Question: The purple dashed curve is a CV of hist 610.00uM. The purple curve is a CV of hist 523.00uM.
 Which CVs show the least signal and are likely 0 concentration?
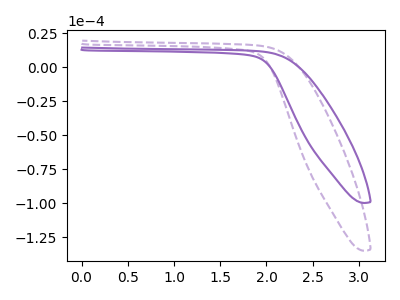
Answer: <think>The purple dashed curve "hist 610.00uM" has no peaks. The purple curve "hist 523.00uM" has no peaks.</think>
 <answer>"hist 610.00uM" and "hist 523.00uM" are likely to be blanks.</answer>
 <eval>"hist 610.00uM", "hist 523.00uM"</eval>